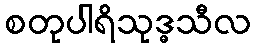
စတုပါရိသုဒ္ဓသီလ